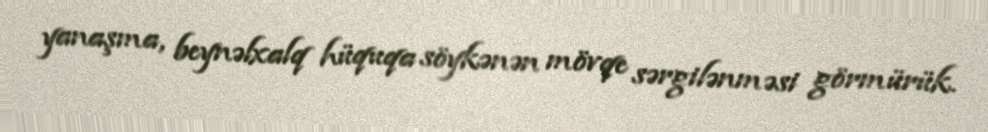
yanaşma, beynəlxalq hüquqa söykənən mövqe sərgilənməsi görmürük.